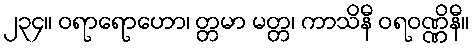
၂၃၄။ ဝရာရောဟော၊ တ္တမာ မတ္တ၊ ကာသိနီ ဝရဝဏ္ဏိနီ။